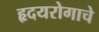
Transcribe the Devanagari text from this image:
हृदयरोगाचे